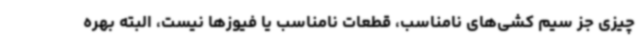
چیزی جز سیم کشی‌های نامناسب، قطعات نامناسب یا فیوزها نیست، البته بهره